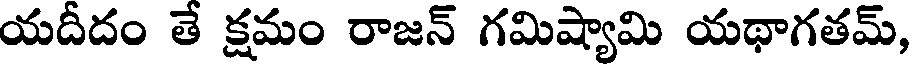
యదీదం తే క్షమం రాజన్ గమిష్యామి యథాగతమ్,